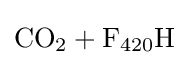
{\ce {CO2 + F420H}}